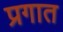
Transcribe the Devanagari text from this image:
प्रगात